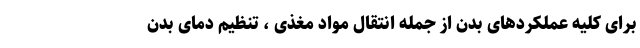
برای کلیه عملکردهای بدن از جمله انتقال مواد مغذی ، تنظیم دمای بدن